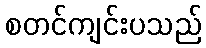
စတင်ကျင်းပသည်